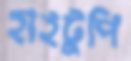
হাইটুপি